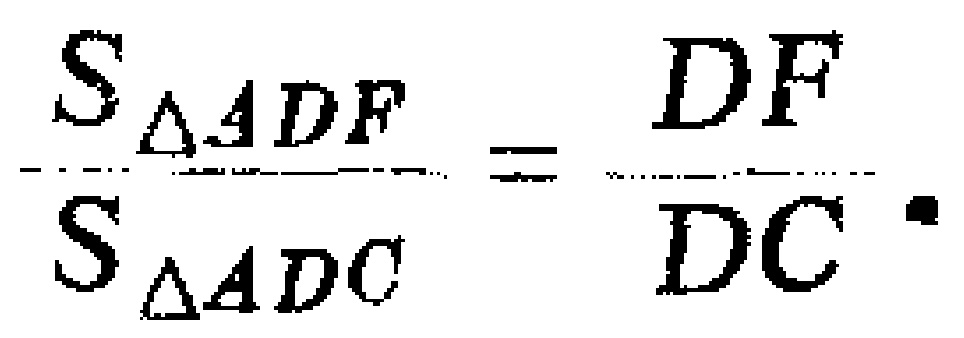
$\frac{S_{\triangle ADF}}{S_{\triangle ADC}}=\frac{DF}{DC}.$